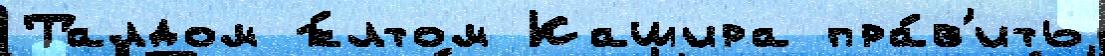
Талдом ж́лтом Кашира пра́в'ить